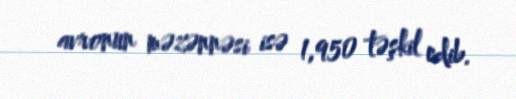
avronun məzənnəsi isə 1,950 təşkil edib.